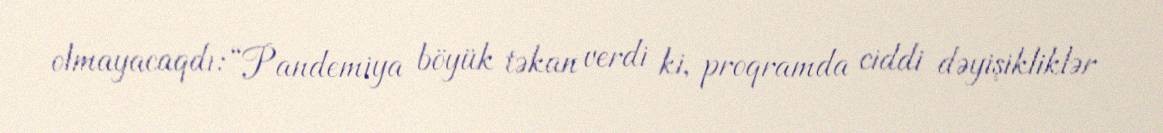
olmayacaqdı: “Pandemiya böyük təkan verdi ki, proqramda ciddi dəyişikliklər